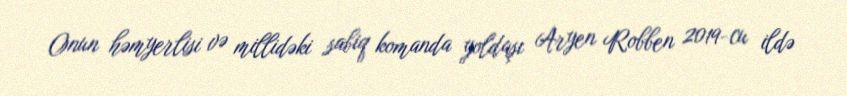
Onun həmyerlisi və millidəki sabiq komanda yoldaşı Aryen Robben 2019-cu ildə